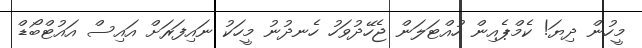
މީހުން ދިޔަ! ކެމްޕެއިން ހުއްޓަލަން ޖެހޭދުވަހު ހެނދުނު މީހަކު ނައިފަރަށް އައިސް އައުޓްބޯޑް